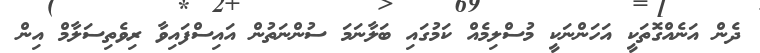
ދެން އަނެއްގޮތަކީ އަހަންނަކީ މުސްލިމެއް ކަމުގައި ބަލާނަމަ ސުންނަތުން އައިސްފައިވާ ރިވެތިސަލާމް އިން